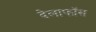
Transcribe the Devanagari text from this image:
देलाफॉस